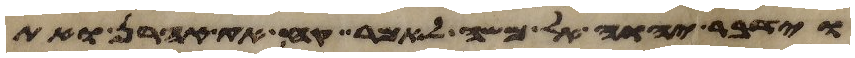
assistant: וידבר יהוה אל משה לאמר קח את אהרן ואת